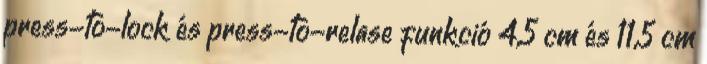
press-to-lock és press-to-relase funkció 4,5 cm és 11,5 cm